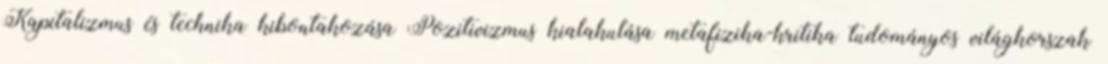
Kapitalizmus és technika kibontakozása Pozitivizmus kialakulása metafizika-kritika tudományos világkorszak